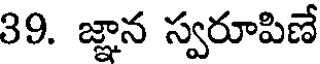
39. జ్ఞాన స్వరూపిణే